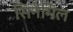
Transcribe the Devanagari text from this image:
सिनेमिल